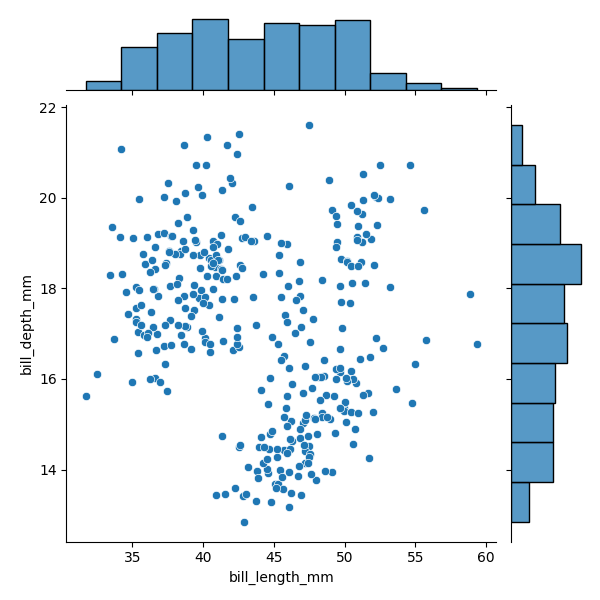
python, seaborn, JointGrid, scatterplot, histplot